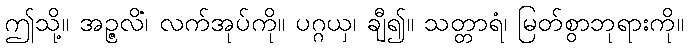
ဤသို့။ အဉ္ဇလိံ၊ လက်အုပ်ကို။ ပဂ္ဂယှ၊ ချီ၍။ သတ္တာရံ၊ မြတ်စွာဘုရားကို။